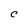
Character: C